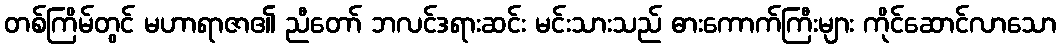
တစ်ကြိမ်တွင် မဟာရာဇာ၏ ညီတော် ဘလင်ဒရားဆင်း မင်းသားသည် ဓားကောက်ကြီးများ ကိုင်ဆောင်လာသော